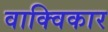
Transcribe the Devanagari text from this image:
वाक्विकार